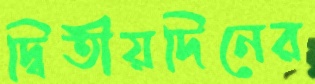
দ্বিতীয়দিনের